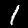
Label: 1